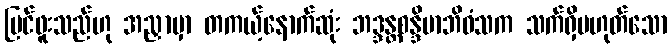
မြင်ဖူးသည်ဟု အညှာမှာ တကယ့်နောက်ဆုံး ဘဒ္ဒန္တစန္ဒိမာဘိဝံသက သက်ရှိမဟုတ်သော